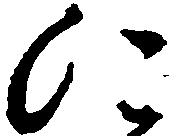
に